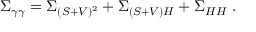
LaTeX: \Sigma _ { \gamma \gamma } = \Sigma _ { ( S + V ) ^ { 2 } } + \Sigma _ { ( S + V ) H } + \Sigma _ { H H } \ .